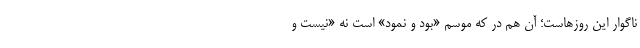
ناگوارِ این روزهاست؛ آن هم در که موسمِ «بود و نمود» است نه «نیست و